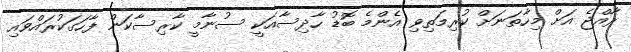
ރާއްޖެ އަށް މިހާތަނަށް ކުރިމަތިވި އެންމެ ބޮޑު ހާދިސާއަކީ ސުނާމީ ކާރިސާކަން ފާހަގަކުރައްވައި